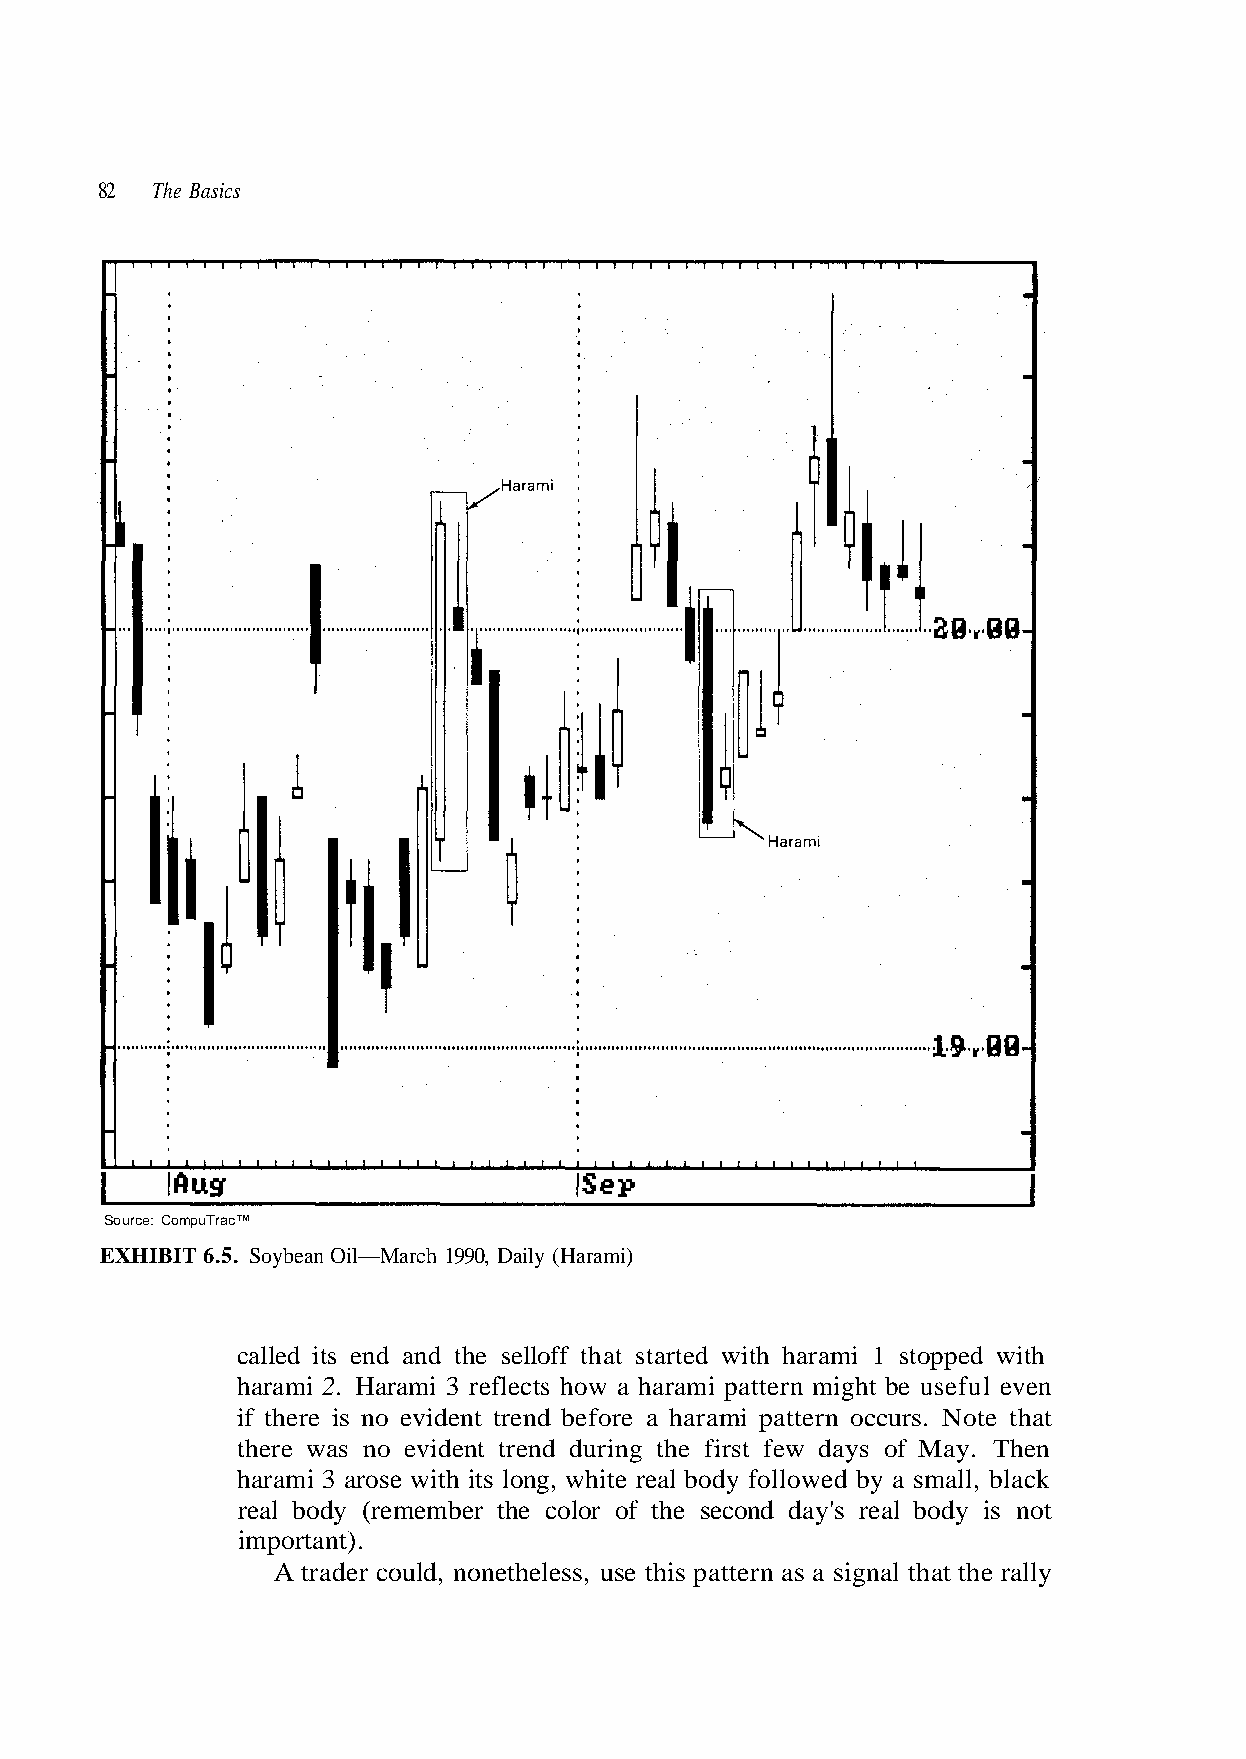
82  The Basics
 Source: CompuTrac™
 EXHIBIT 6.5. Soybean Oil—March 1990, Daily (Harami)
 harami 2. Harami 3 reflects how a harami pattern might be useful even
 if there is no evident trend before a harami pattern occurs. Note that
 there was no evident trend during the first few days of May. Then
 real body (remember the color of the second day's real body is not
 important).
 A trader could, nonetheless, use this pattern as a signal that the rally
 k c a l b all, m s a y b d e w o l l o f y d o b al e r e t i h w g, n o l s it h
 called its end and the selloff that started with harami 1 stopped with
 harami 3 arose wit